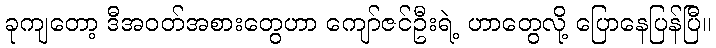
ခုကျတော့ ဒီအဝတ်အစားတွေဟာ ကျော်ဇင်ဦးရဲ့ ဟာတွေလို့ ပြောနေပြန်ပြီ။